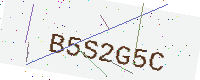
Text: B5S2G5C